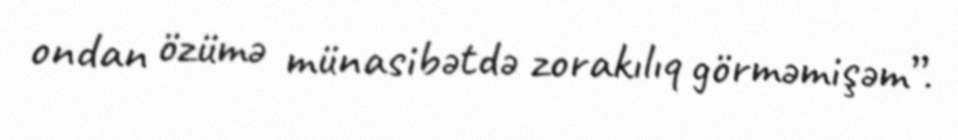
ondan özümə münasibətdə zorakılıq görməmişəm”.